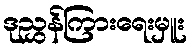
ဒုညွှန်ကြားရေးမှူး